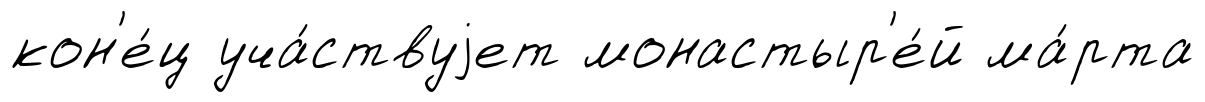
кон'е́ц уча́ствуjет монастыр'е́й ма́рта